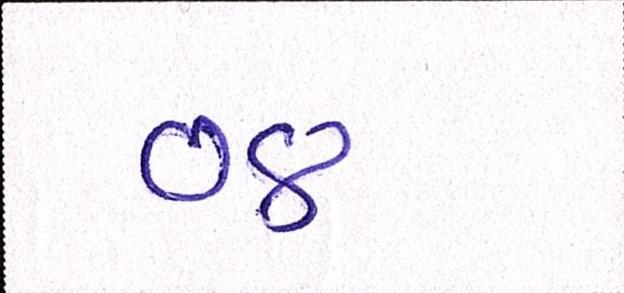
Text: ૦૪